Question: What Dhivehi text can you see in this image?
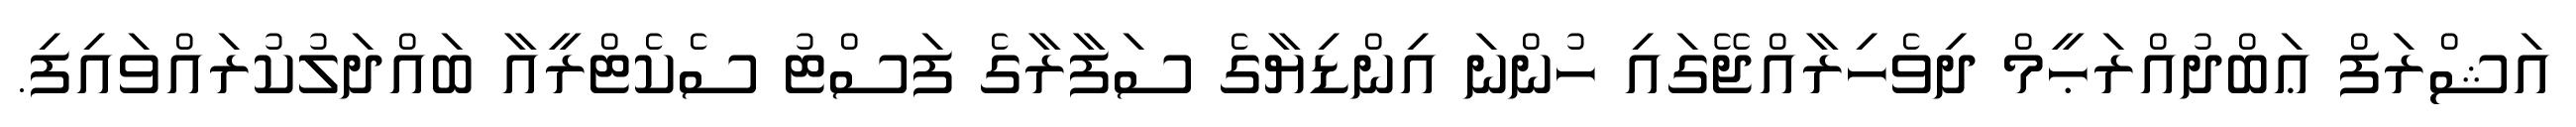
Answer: އަޝްރަފް ޢަބްދުއްރަޙީމް ދިވެހިރާއްޖޭގައި ހުންނަ އިންޑިޔާގެ ސަފާރާގެ ފަސްޓު ސެކެޓްރީއާ ބައްދަލުކުރައްވައިފި.